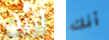
آتيت أنك